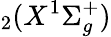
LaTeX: _2(X^{1}\Sigma_{g}^{+})